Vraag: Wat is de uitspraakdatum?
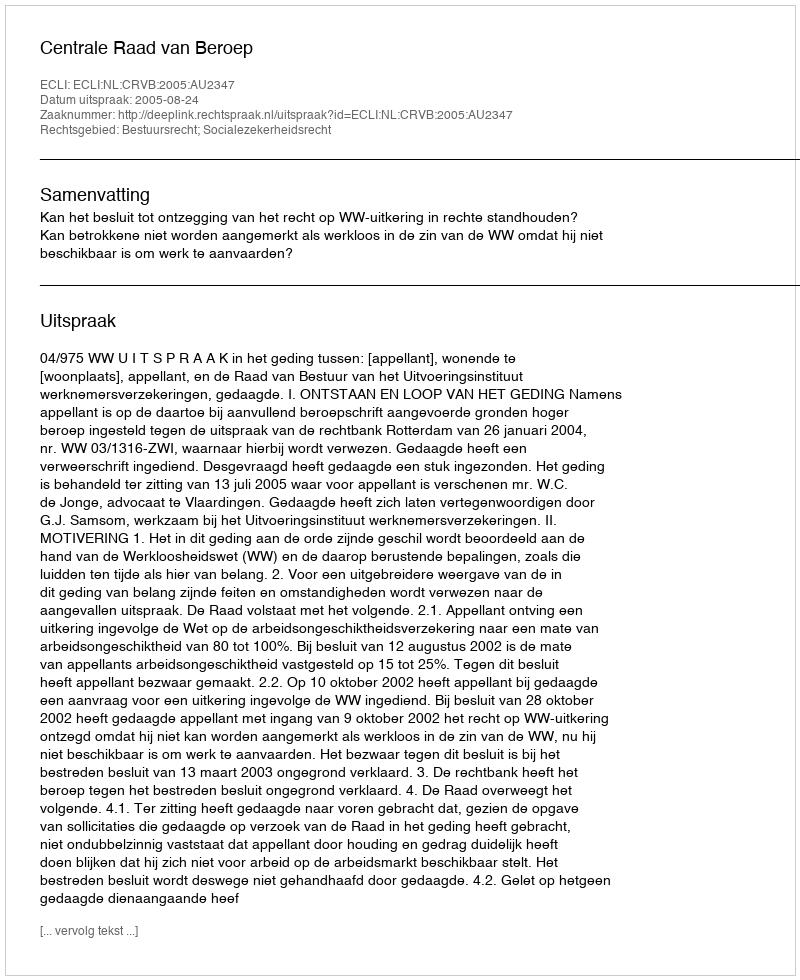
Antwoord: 2005-08-24